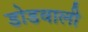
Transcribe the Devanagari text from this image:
डोडवाली